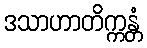
ဒသာဟာတိက္ကန္တံ